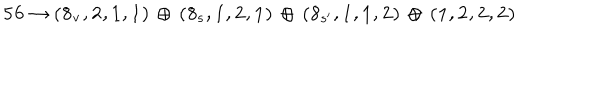
{ \bf 5 6 } \rightarrow { \bf ( 8 _ { v } , 2 , 1 , 1 ) \, \oplus \, ( 8 _ { s } , 1 , 2 , 1 ) \, \oplus \, ( 8 _ { s ^ { \prime } } , 1 , 1 , 2 ) } \, \oplus \, { \bf ( 1 , 2 , 2 , 2 ) }